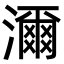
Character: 濔